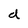
Character: d